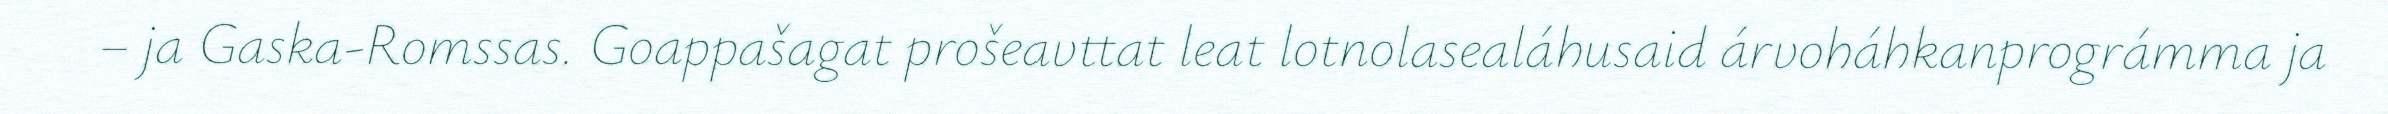
– ja Gaska-Romssas. Goappašagat prošeavttat leat lotnolasealáhusaid árvoháhkanprográmma ja